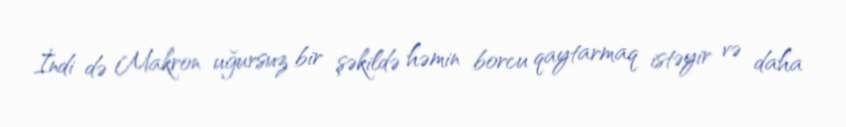
İndi də Makron uğursuz bir şəkildə həmin borcu qaytarmaq istəyir və daha